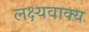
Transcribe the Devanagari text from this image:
लक्ष्यवाक्य